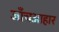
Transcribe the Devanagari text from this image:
जाँचआहार